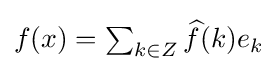
{\textstyle f(x)=\sum _{k\in Z}{\widehat {f}}(k)e_{k}}